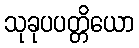
သုခုပပတ္တိယော